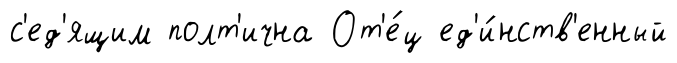
с'ед'ящим полт'ична От'е́ц ед'и́нств'енный